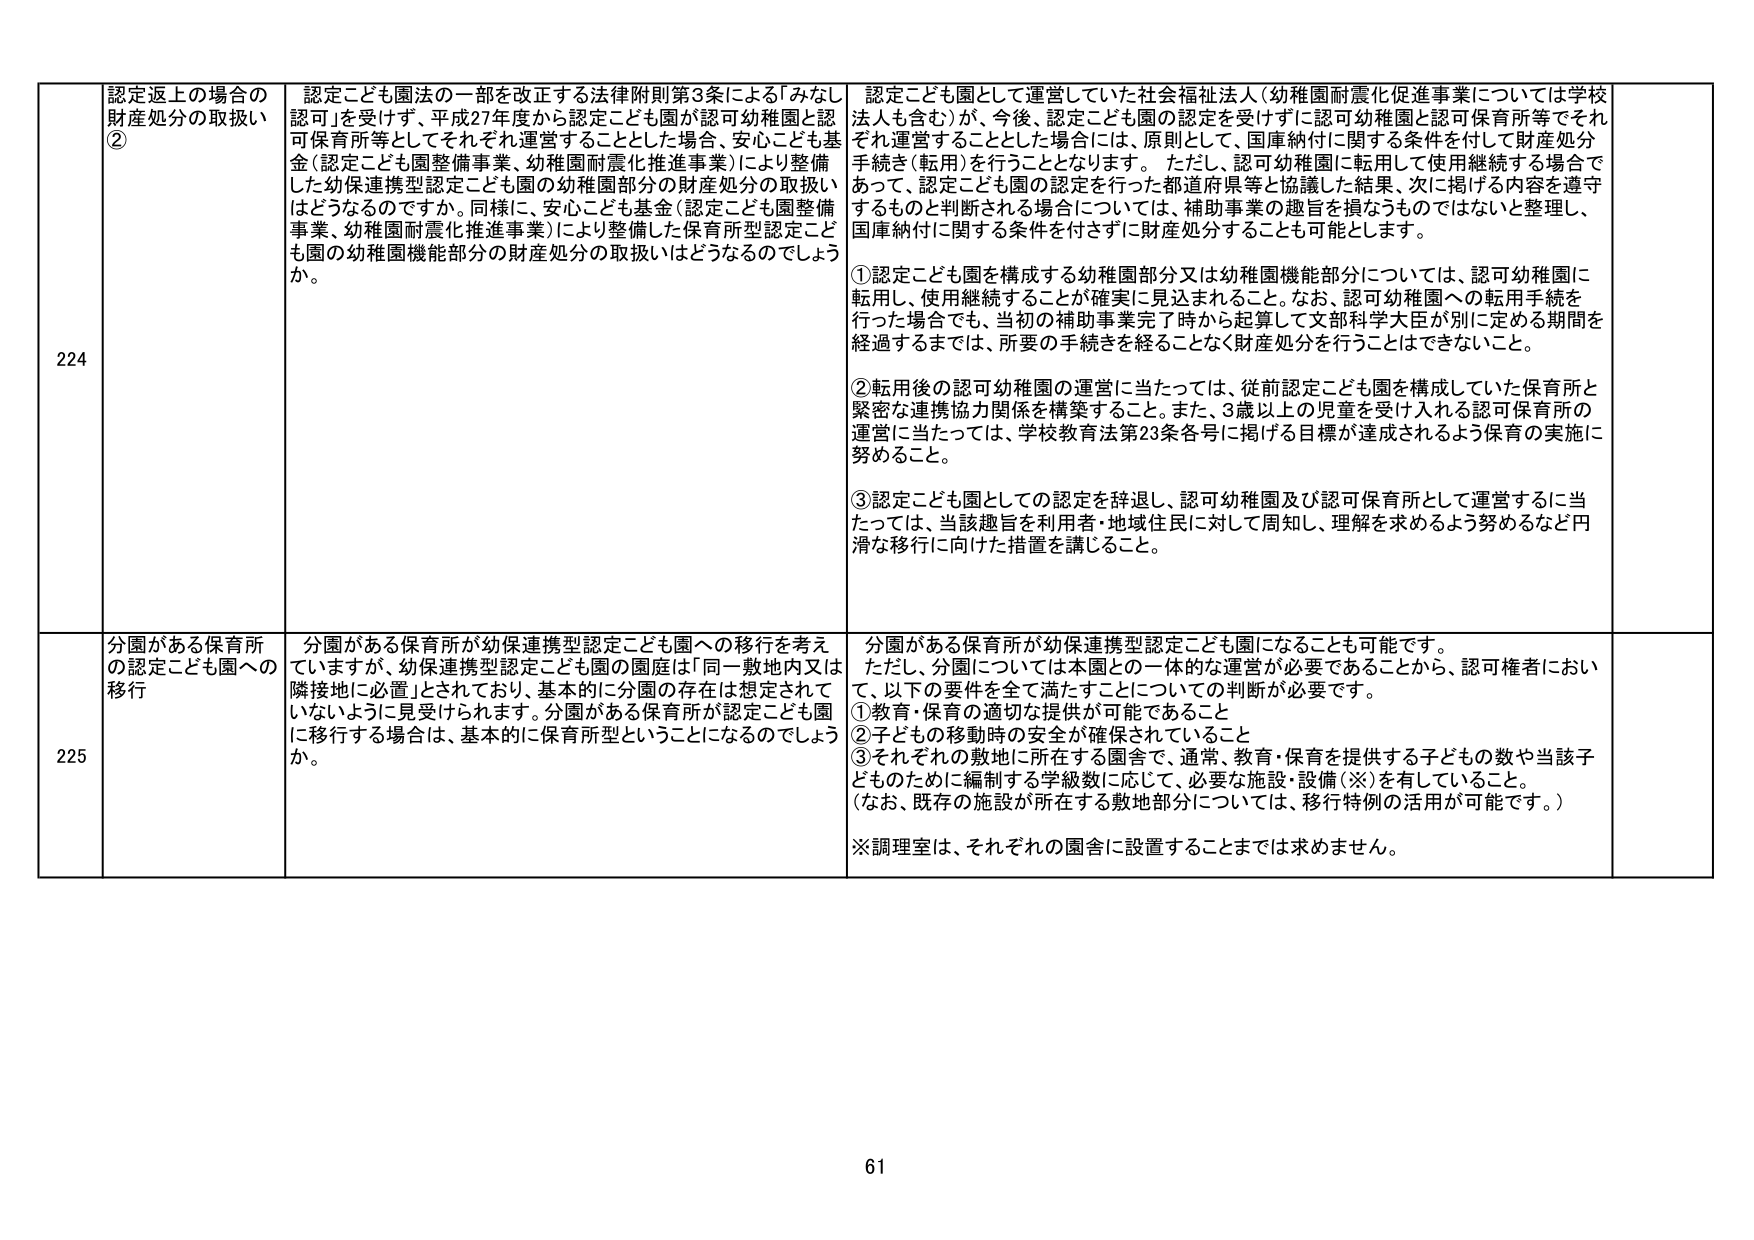
224 認定返上の場合の財産処分の取扱い②
認定こども園法の一部を改正する法律附則第3条による「みなし認可」を受けず、平成27年度から認定こども園が認可幼稚園と認可保育所等としてそれぞれ運営することとした場合、安心こども基金（認定こども園整備事業、幼稚園耐震化推進事業）により整備した幼保連携型認定こども園の幼稚園部分の財産処分の取扱いはどうなるのですか。同様に、安心こども基金（認定こども園整備事業、幼稚園耐震化推進事業）により整備した保育所型認定こども園の幼稚園機能部分の財産処分の取扱いはどうなるのでしょうか。

認定こども園として運営していた社会福祉法人（幼稚園耐震化促進事業については学校法人も含む）が、今後、認定こども園の認定を受けずに認可幼稚園と認可保育所等でそれぞれ運営することとした場合には、原則として、国庫納付に関する条件を付して財産処分手続き（転用）を行うこととなります。ただし、認可幼稚園に転用して使用継続する場合であって、認定こども園の認定を行った都道府県等と協議した結果、次に掲げる内容を遵守するものと判断される場合については、補助事業の趣旨を損なうものではないと整理し、国庫納付に関する条件を付さずに財産処分することも可能とします。

① 認定こども園を構成する幼稚園部分又は幼稚園機能部分については、認可幼稚園に転用し、使用継続することが確実に見込まれること。なお、認可幼稚園への転用手続きを行った場合でも、当初の補助事業完了時から起算して文部科学大臣が別に定める期間を経過するまでは、所要の手続きを経ることなく財産処分を行うことはできないこと。

② 転用後の認可幼稚園の運営に当たっては、従前認定こども園を構成していた保育所と緊密な連携協力関係を構築すること。また、3歳以上の児童を受け入れる認可保育所の運営に当たっては、学校教育法第23条各号に掲げる目標が達成されるよう保育の実施に努めること。

③ 認定こども園としての認定を辞退し、認可幼稚園及び認可保育所として運営するに当たっては、当該趣旨を利用者・地域住民に対して周知し、理解を求めるよう努めるなど円滑な移行に向けた措置を講じること。

225 分園がある保育所の認定こども園への移行
分園がある保育所が幼保連携型認定こども園への移行を考えていますが、幼保連携型認定こども園の園庭は「同一敷地内又は隣接地に必置」とされており、基本的に分園の存在は想定されていないように見受けられます。分園がある保育所が認定こども園に移行する場合は、基本的に保育所型ということになるのでしょうか。

分園がある保育所が幼保連携型認定こども園になることも可能です。ただし、分園については本園との一体的な運営が必要であることから、認可権者において、以下の要件を全て満たすことについての判断が必要です。
① 教育・保育の適切な提供が可能であること
② 子どもの移動時の安全が確保されていること
③ それぞれの敷地に所在する園舎で、通常、教育・保育を提供する子どもの数や当該子どものために編制する学級数に応じて、必要な施設・設備（※）を有していること。
（なお、既存の施設が所在する敷地部分については、移行特例の活用が可能です。）
※調理室は、それぞれの園舎に設置することまでは求めません。

61